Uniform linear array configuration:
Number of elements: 16
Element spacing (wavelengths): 1
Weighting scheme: hann
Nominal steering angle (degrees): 30
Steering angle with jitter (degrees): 28.017
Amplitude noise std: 0.05
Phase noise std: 0.05

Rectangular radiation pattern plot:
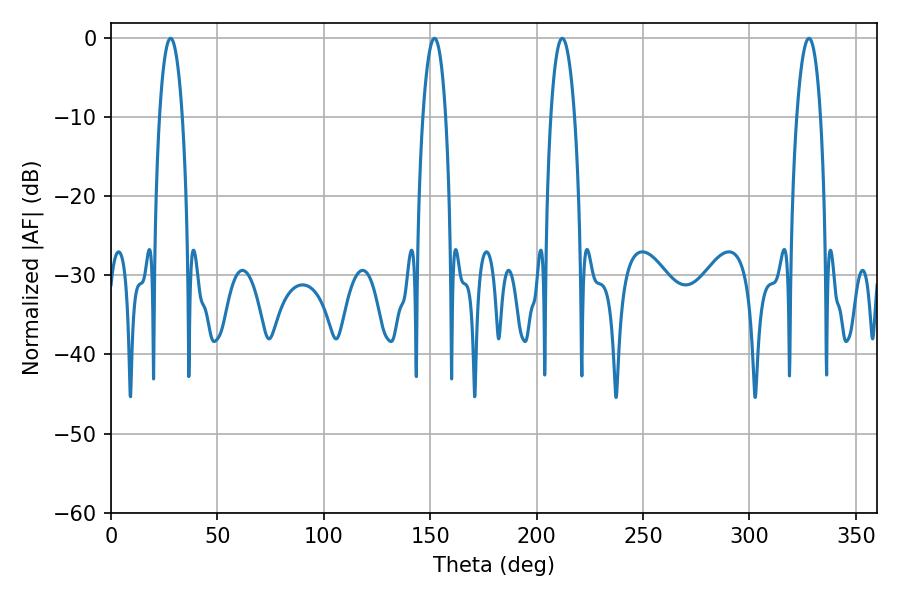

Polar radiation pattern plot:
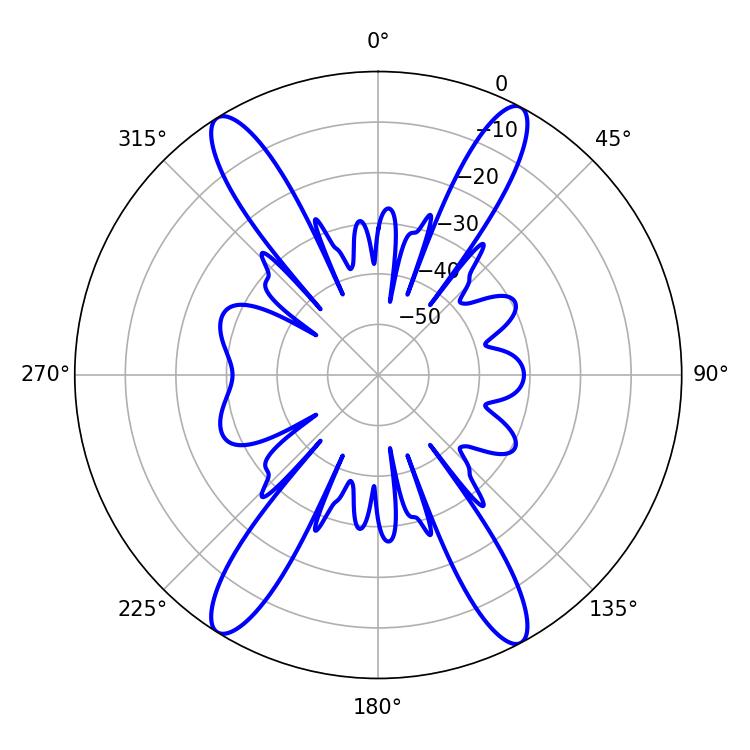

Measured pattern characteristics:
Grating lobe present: TRUE
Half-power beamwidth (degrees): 6.3
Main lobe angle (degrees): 212.04